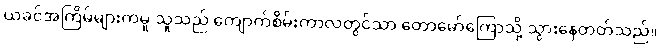
ယခင်အကြိမ်များကမူ သူသည် ကျောက်စိမ်းကာလတွင်သာ တောမော်ကြောသို့ သွားနေတတ်သည်။